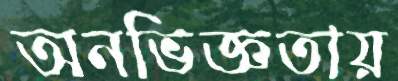
অনভিজ্ঞতায়